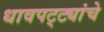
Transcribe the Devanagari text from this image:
धावपट्ट्यांचे